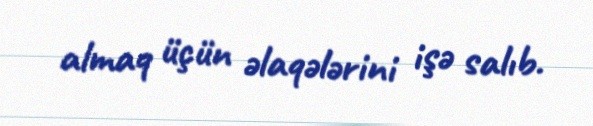
almaq üçün əlaqələrini işə salıb.